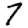
Digit: 7